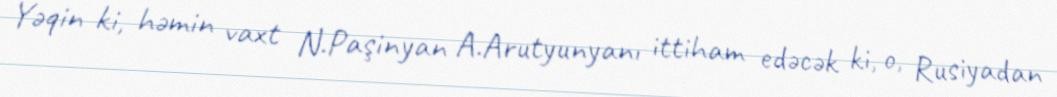
Yəqin ki, həmin vaxt N.Paşinyan A.Arutyunyanı ittiham edəcək ki, o, Rusiyadan